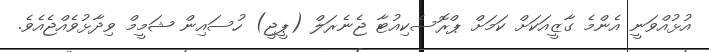
އުޅުއްވަނީ އެންމެ ގާޒީއަކަށް ކަމަށް ޕްރޮސެކިއުޓާ ޖެނެރަލް (ޕީޖީ) ހުސައިން ޝަމީމް ވިދާޅުވެއްޖެއެވެ.